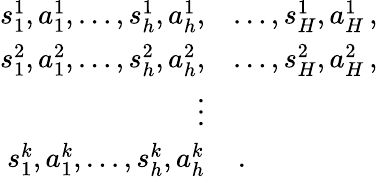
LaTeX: \begin{array}{rl}{s_{1}^{1},a_{1}^{1},\dots,s_{h}^{1},a_{h}^{1},}&{\dots,s_{H}^{1},a_{H}^{1}\, ,}\\ {s_{1}^{2},a_{1}^{2},\dots,s_{h}^{2},a_{h}^{2},}&{\dots,s_{H}^{2},a_{H}^{2}\, ,}\\ {\vdots}\\ {s_{1}^{k},a_{1}^{k},\dots,s_{h}^{k},a_{h}^{k}}&{\, .}\end{array}